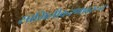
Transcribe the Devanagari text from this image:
सामिलीकरणावरून